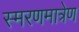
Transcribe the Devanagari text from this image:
स्मरणमात्रेण